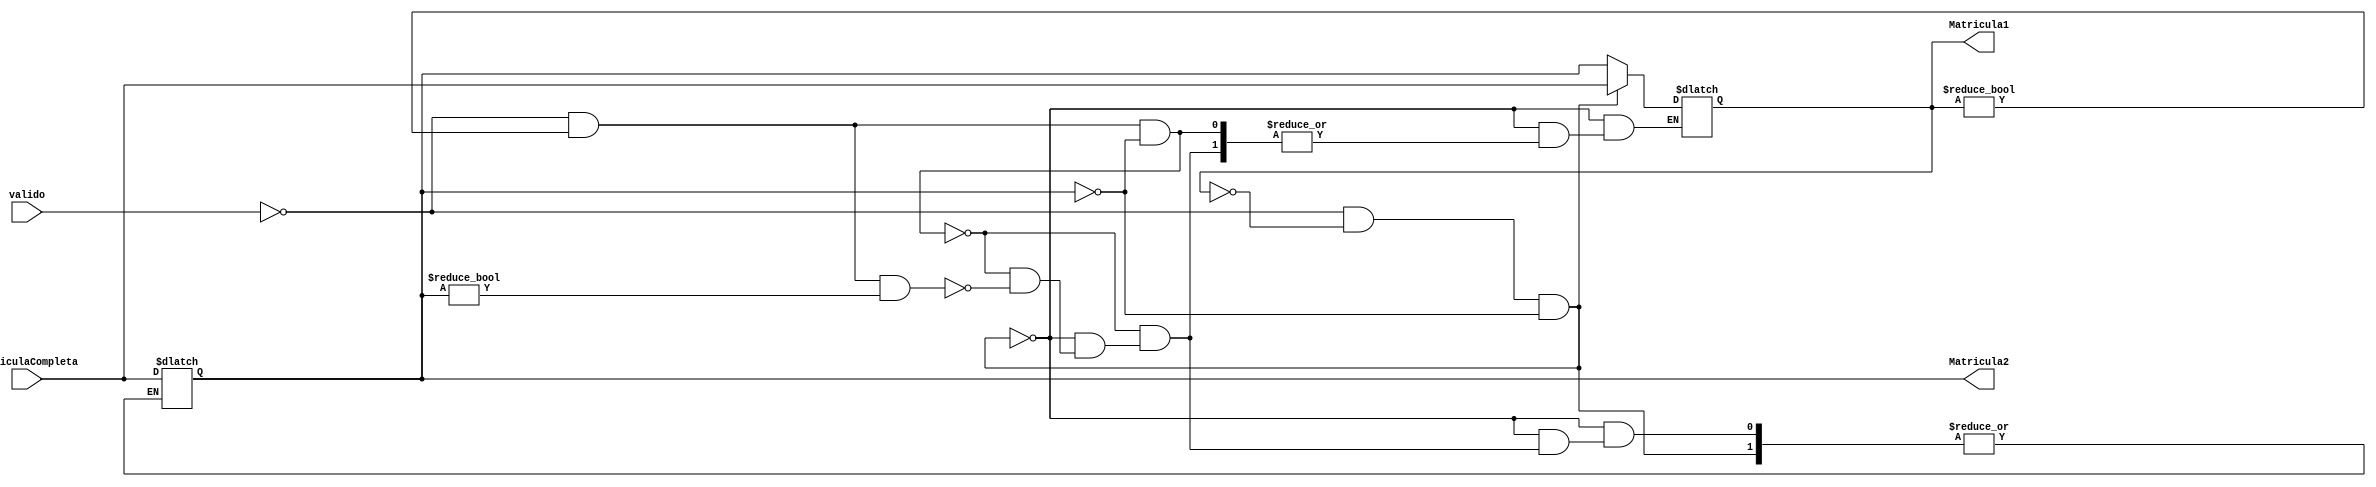
`timescale 1ns / 1ps
//////////////////////////////////////////////////////////////////////////////////
// Company: 
// Engineer: 
// 
// Design Name: 
// Module Name:    Ultimasduasmatriculasinv 
// Project Name: 
// Target Devices: 
// Tool versions: 
// Description: 
//
// Dependencies: 
//
// Revision: 
// Revision 0.01 - File Created
// Additional Comments: 
//
//////////////////////////////////////////////////////////////////////////////////
// Guardar ultimas duas matriculas invalidas
module Ultimasduasmatriculasinv(MatriculaCompleta,valido,Matricula1,Matricula2);
	input [23:0]MatriculaCompleta;
	input valido;
	output [23:0] Matricula1;
	output [23:0] Matricula2;
	reg [23:0] Matricula1;
	reg [23:0] Matricula2;

initial
	begin
		Matricula1 = 24'h 0;
		Matricula2 = 24'h 0;
	end
always@(MatriculaCompleta,valido)
	begin
		if (valido == 0 && Matricula1 == 24'h 0 && Matricula2 == 24'h 0)
			begin
				Matricula1 = MatriculaCompleta;
			end
		else if (valido == 0 && Matricula1 != 24'h 0 && Matricula2 == 24'h 0)
			begin
				Matricula2 = MatriculaCompleta;
			end
		else if (valido == 0 && Matricula1 != 24'h 0 && Matricula2 != 24'h 0)
			begin
				Matricula1 = Matricula2;
				Matricula2 = MatriculaCompleta;
			end
			
	end
		
			


endmodule